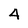
Character: 4